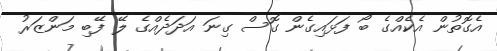
އެގޮތުން އެކެއްގެ ބޯ ފަޅައިގެން ގޮސް ގިނަ އަދަދެއްގެ ލޭ ފޭބި މަންޒަރު